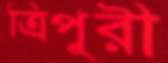
ত্রিপুরী